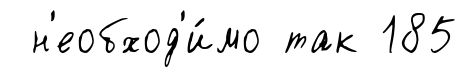
н'еобход'и́мо так 185